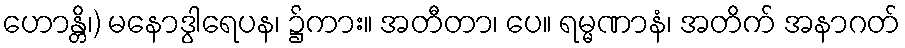
ဟောန္တိ၊) မနောဒွါရေပန၊ ၌ကား။ အတီတာ၊ ပေ။ ရမ္မဏာနံ၊ အတိက် အနာဂတ်